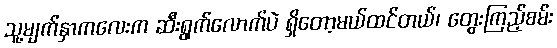
သူ့မျက်နှာကလေးက ဆီးရွက်လောက်ပဲ ရှိတော့မယ်ထင်တယ်၊ တွေးကြည့်စမ်း